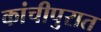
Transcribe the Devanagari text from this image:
कांचीपुरात